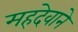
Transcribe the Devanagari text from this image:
महदेवाने